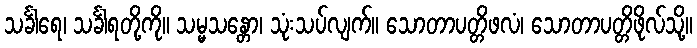
သင်္ခါရေ၊ သင်္ခါရတို့ကို။ သမ္မသန္တော၊ သုံးသပ်လျက်။ သောတာပတ္တိဖလံ၊ သောတာပတ္တိဖိုလ်သို့။